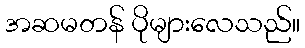
အဆမတန် ပိုများလေသည်။